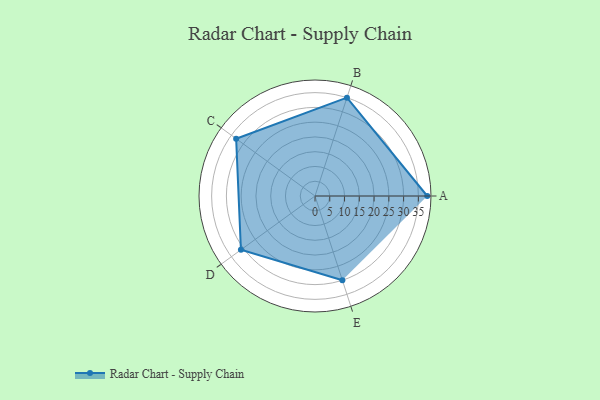
{"axis": {"x": "Skill", "y": "Score"}, "legend": ["Profile"], "data": [{"x": "A", "y": 38.0, "type": "Profile"}, {"x": "B", "y": 35.0, "type": "Profile"}, {"x": "C", "y": 33.0, "type": "Profile"}, {"x": "D", "y": 31.0, "type": "Profile"}, {"x": "E", "y": 30.0, "type": "Profile"}]}